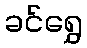
ခင်ရွှေ